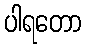
ပါရတော